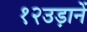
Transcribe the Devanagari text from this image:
१२उड़ानें